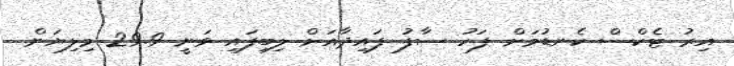
އިރު ޓެކްސް ކެނޑުމަށް ފަހު ސާފު ފައިދާއަށް ލިބިފައި ވަނީ 29.9 މިލިޔަން